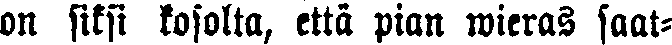
on siksi kosolta, että pian wieras saat-